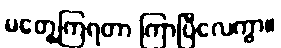
မတွေ့ကြရတာ ကြာပြီလေကွာ။